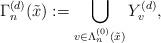
LaTeX: \begin{align*}\Gamma_{n}^{(d)}(\tilde{x}) := \bigcup_{v\in\Lambda_n^{(0)}(\tilde{x})} Y_v^{(d)},\end{align*}